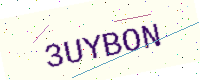
Text: 3UYBON